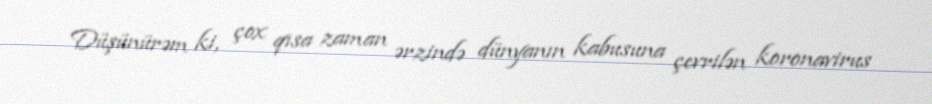
Düşünürəm ki, çox qısa zaman ərzində dünyanın kabusuna çevrilən koronavirus